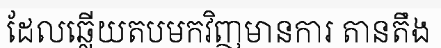
ដែលឆ្លើយតបមកវិញមានការ តានតឹង